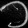
Digit: ၁